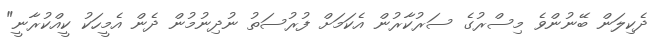
ދެކިލަން ބޭނުންވެ މިސްރުގެ ސަރުކާރުން އެކަމަށް ފުރުސަތު ނުދިނުމުން ދެން އެމީހަކު ކީއްކުރާނީ"